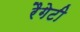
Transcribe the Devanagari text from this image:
रैगेटी